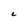
Character: C